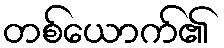
တစ်ယောက်၏